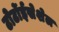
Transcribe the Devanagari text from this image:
टोर्टोईसेशेल